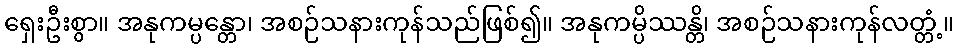
ရှေးဦးစွာ။ အနုကမ္ပန္တော၊ အစဉ်သနားကုန်သည်ဖြစ်၍။ အနုကမ္ပိဿန္တိ၊ အစဉ်သနားကုန်လတ္တံ့။